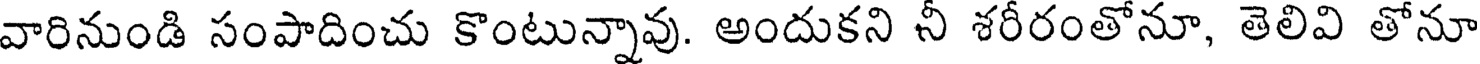
వారినుండి సంపాదించు కొంటున్నావు. అందుకని నీ శరీరంతోనూ, తెలివి తోనూ